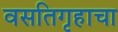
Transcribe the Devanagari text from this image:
वसतिगृहाचा